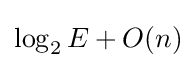
\log _{2}E+O(n)